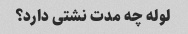
لوله چه مدت نشتی دارد؟